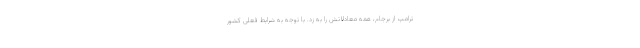
ترامپ از برجام، همه معادلاتش را به زد. با توجه به شرایط فعلی کشور